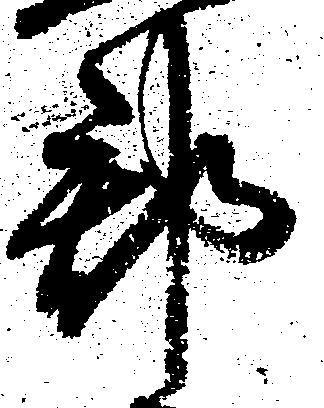
郡